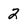
Character: 2